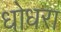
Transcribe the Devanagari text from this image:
धोधरा